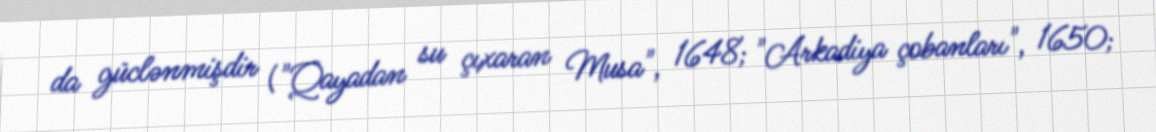
da güclənmişdir ("Qayadan su çıxaran Musa", 1648; "Arkadiya çobanları", 1650;